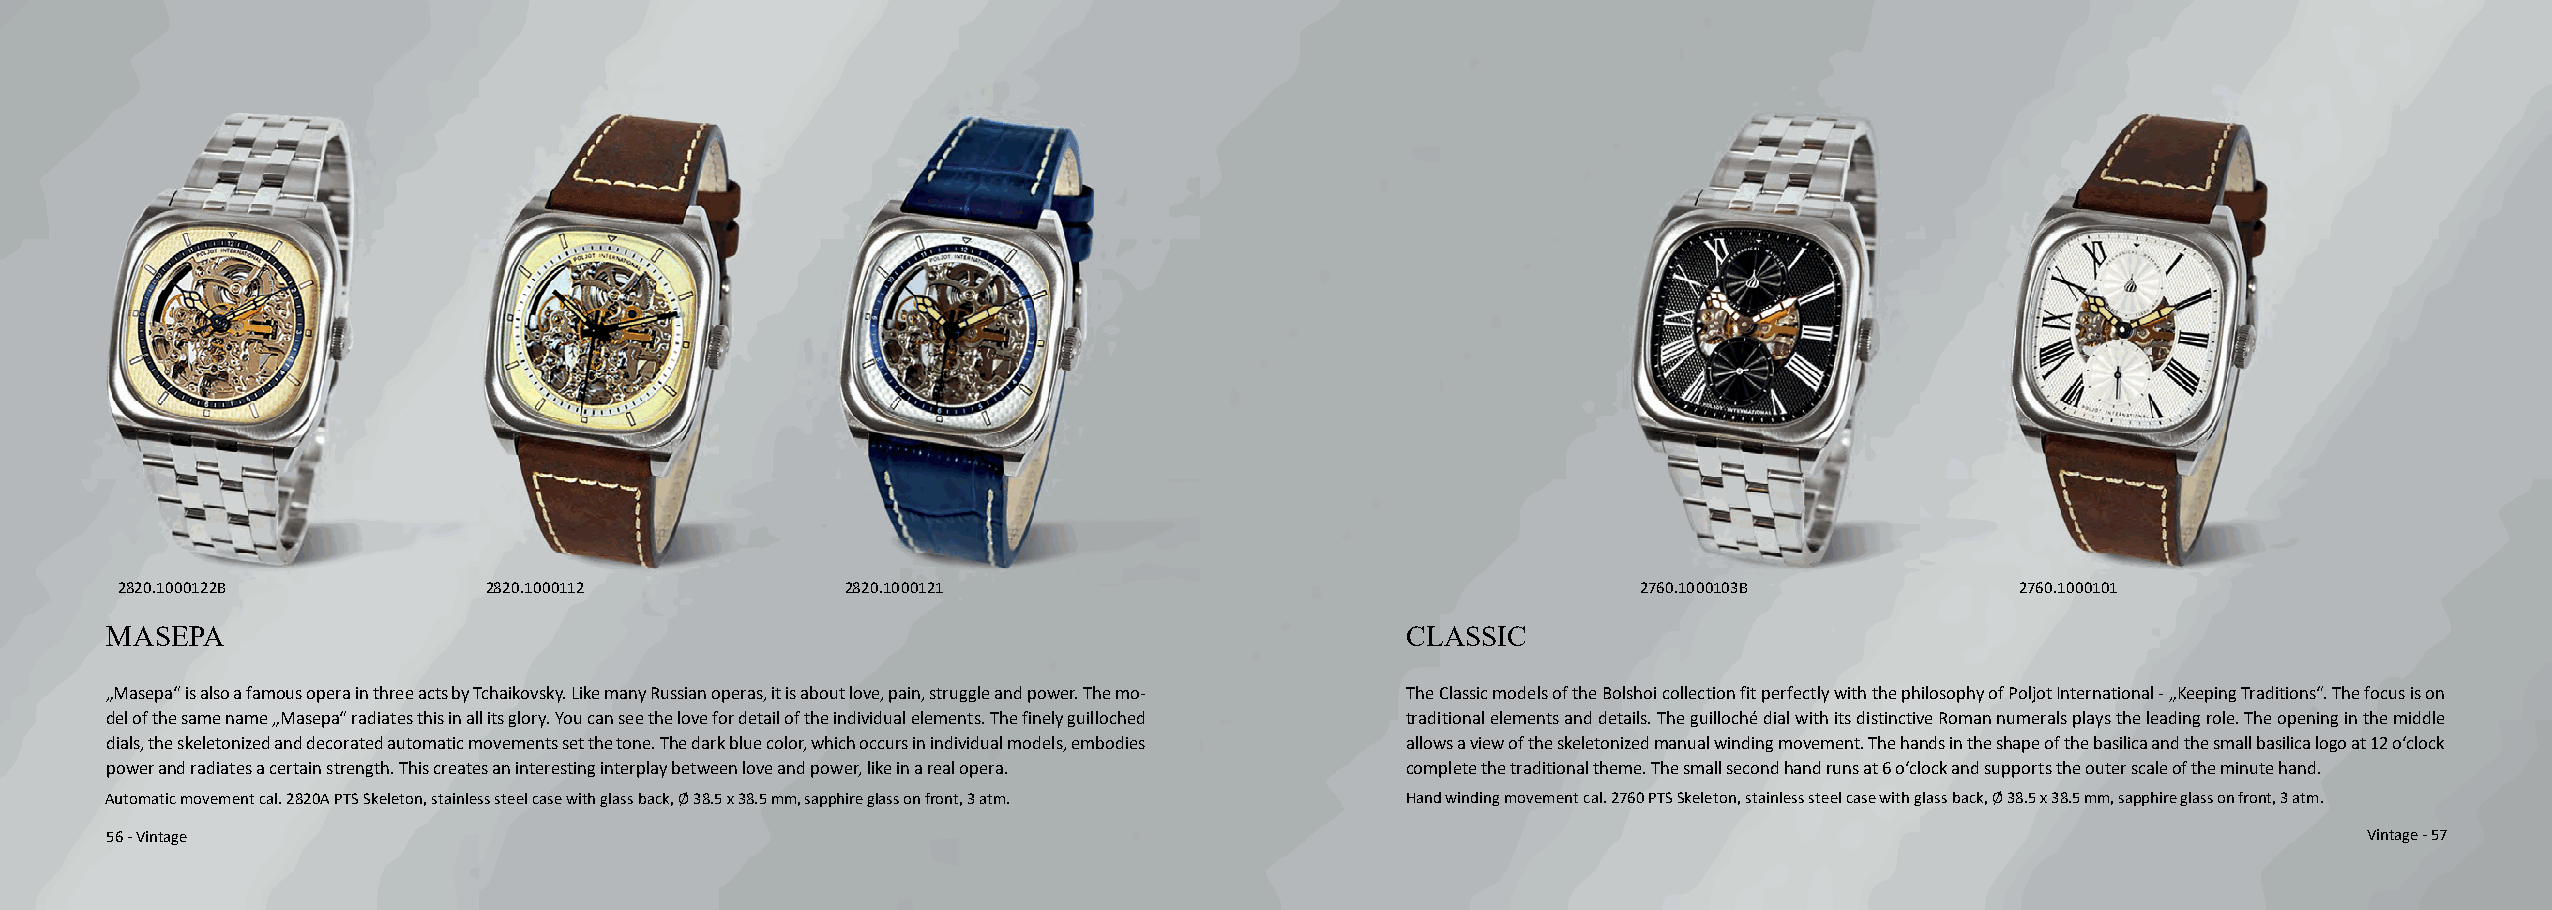
2820.1000122B           2820.1000112            2820.1000121                                         2760.1000103B            2760.1000101
 MASEPA                                                                                CLASSIC
 „Masepa“ is also a famous opera in three acts by Tchaikovsky. Like many Russian operas, it is about love, pain, struggle and power. The mo- The Classic models of the Bolshoi collection fit perfectly with the philosophy of Poljot International - „Keeping Traditions“. The focus is on
 del of the same name „Masepa“ radiates this in all its glory. You can see the love for detail of the individual elements. The finely guilloched traditional elements and details. The guilloché dial with its distinctive Roman numerals plays the leading role. The opening in the middle
 dials, the skeletonized and decorated automatic movements set the tone. The dark blue color, which occurs in individual models, embodies allows a view of the skeletonized manual winding movement. The hands in the shape of the basilica and the small basilica logo at 12 o‘clock
 power and radiates a certain strength. This creates an interesting interplay between love and power, like in a real opera. complete the traditional theme. The small second hand runs at 6 o‘clock and supports the outer scale of the minute hand.
 Automatic movement cal. 2820A PTS Skeleton, stainless steel case with glass back, Ø 38.5 x 38.5 mm, sapphire glass on front, 3 atm. Hand winding movement cal. 2760 PTS Skeleton, stainless steel case with glass back, Ø 38.5 x 38.5 mm, sapphire glass on front, 3 atm.
 56 - Vintage                                                                                                                                          Vintage - 57